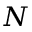
N